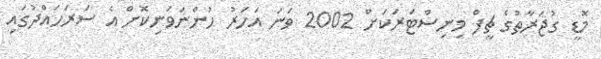
މޮޑީ ގުޖަރާތުގެ ޗީފް މިނިސްޓަރަކަށް 2002 ވަނަ އަހަރު ހުންނަވަނިކޮށް އެ ސަރަހައްދުގައި